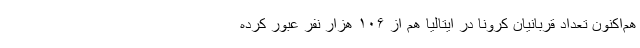
هم‌اکنون تعداد قربانیان کرونا در ایتالیا هم از ۱۰۶ هزار نفر عبور کرده